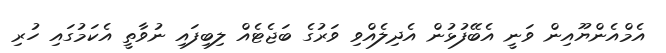
އެމްއެންޔޫއިން ވަނީ އެބޭފުޅުން އެދިލެއްވި ވަރުގެ ބަޖެޓެއް ލިބިފައި ނުވާތީ އެކަމުގައި ހުރި